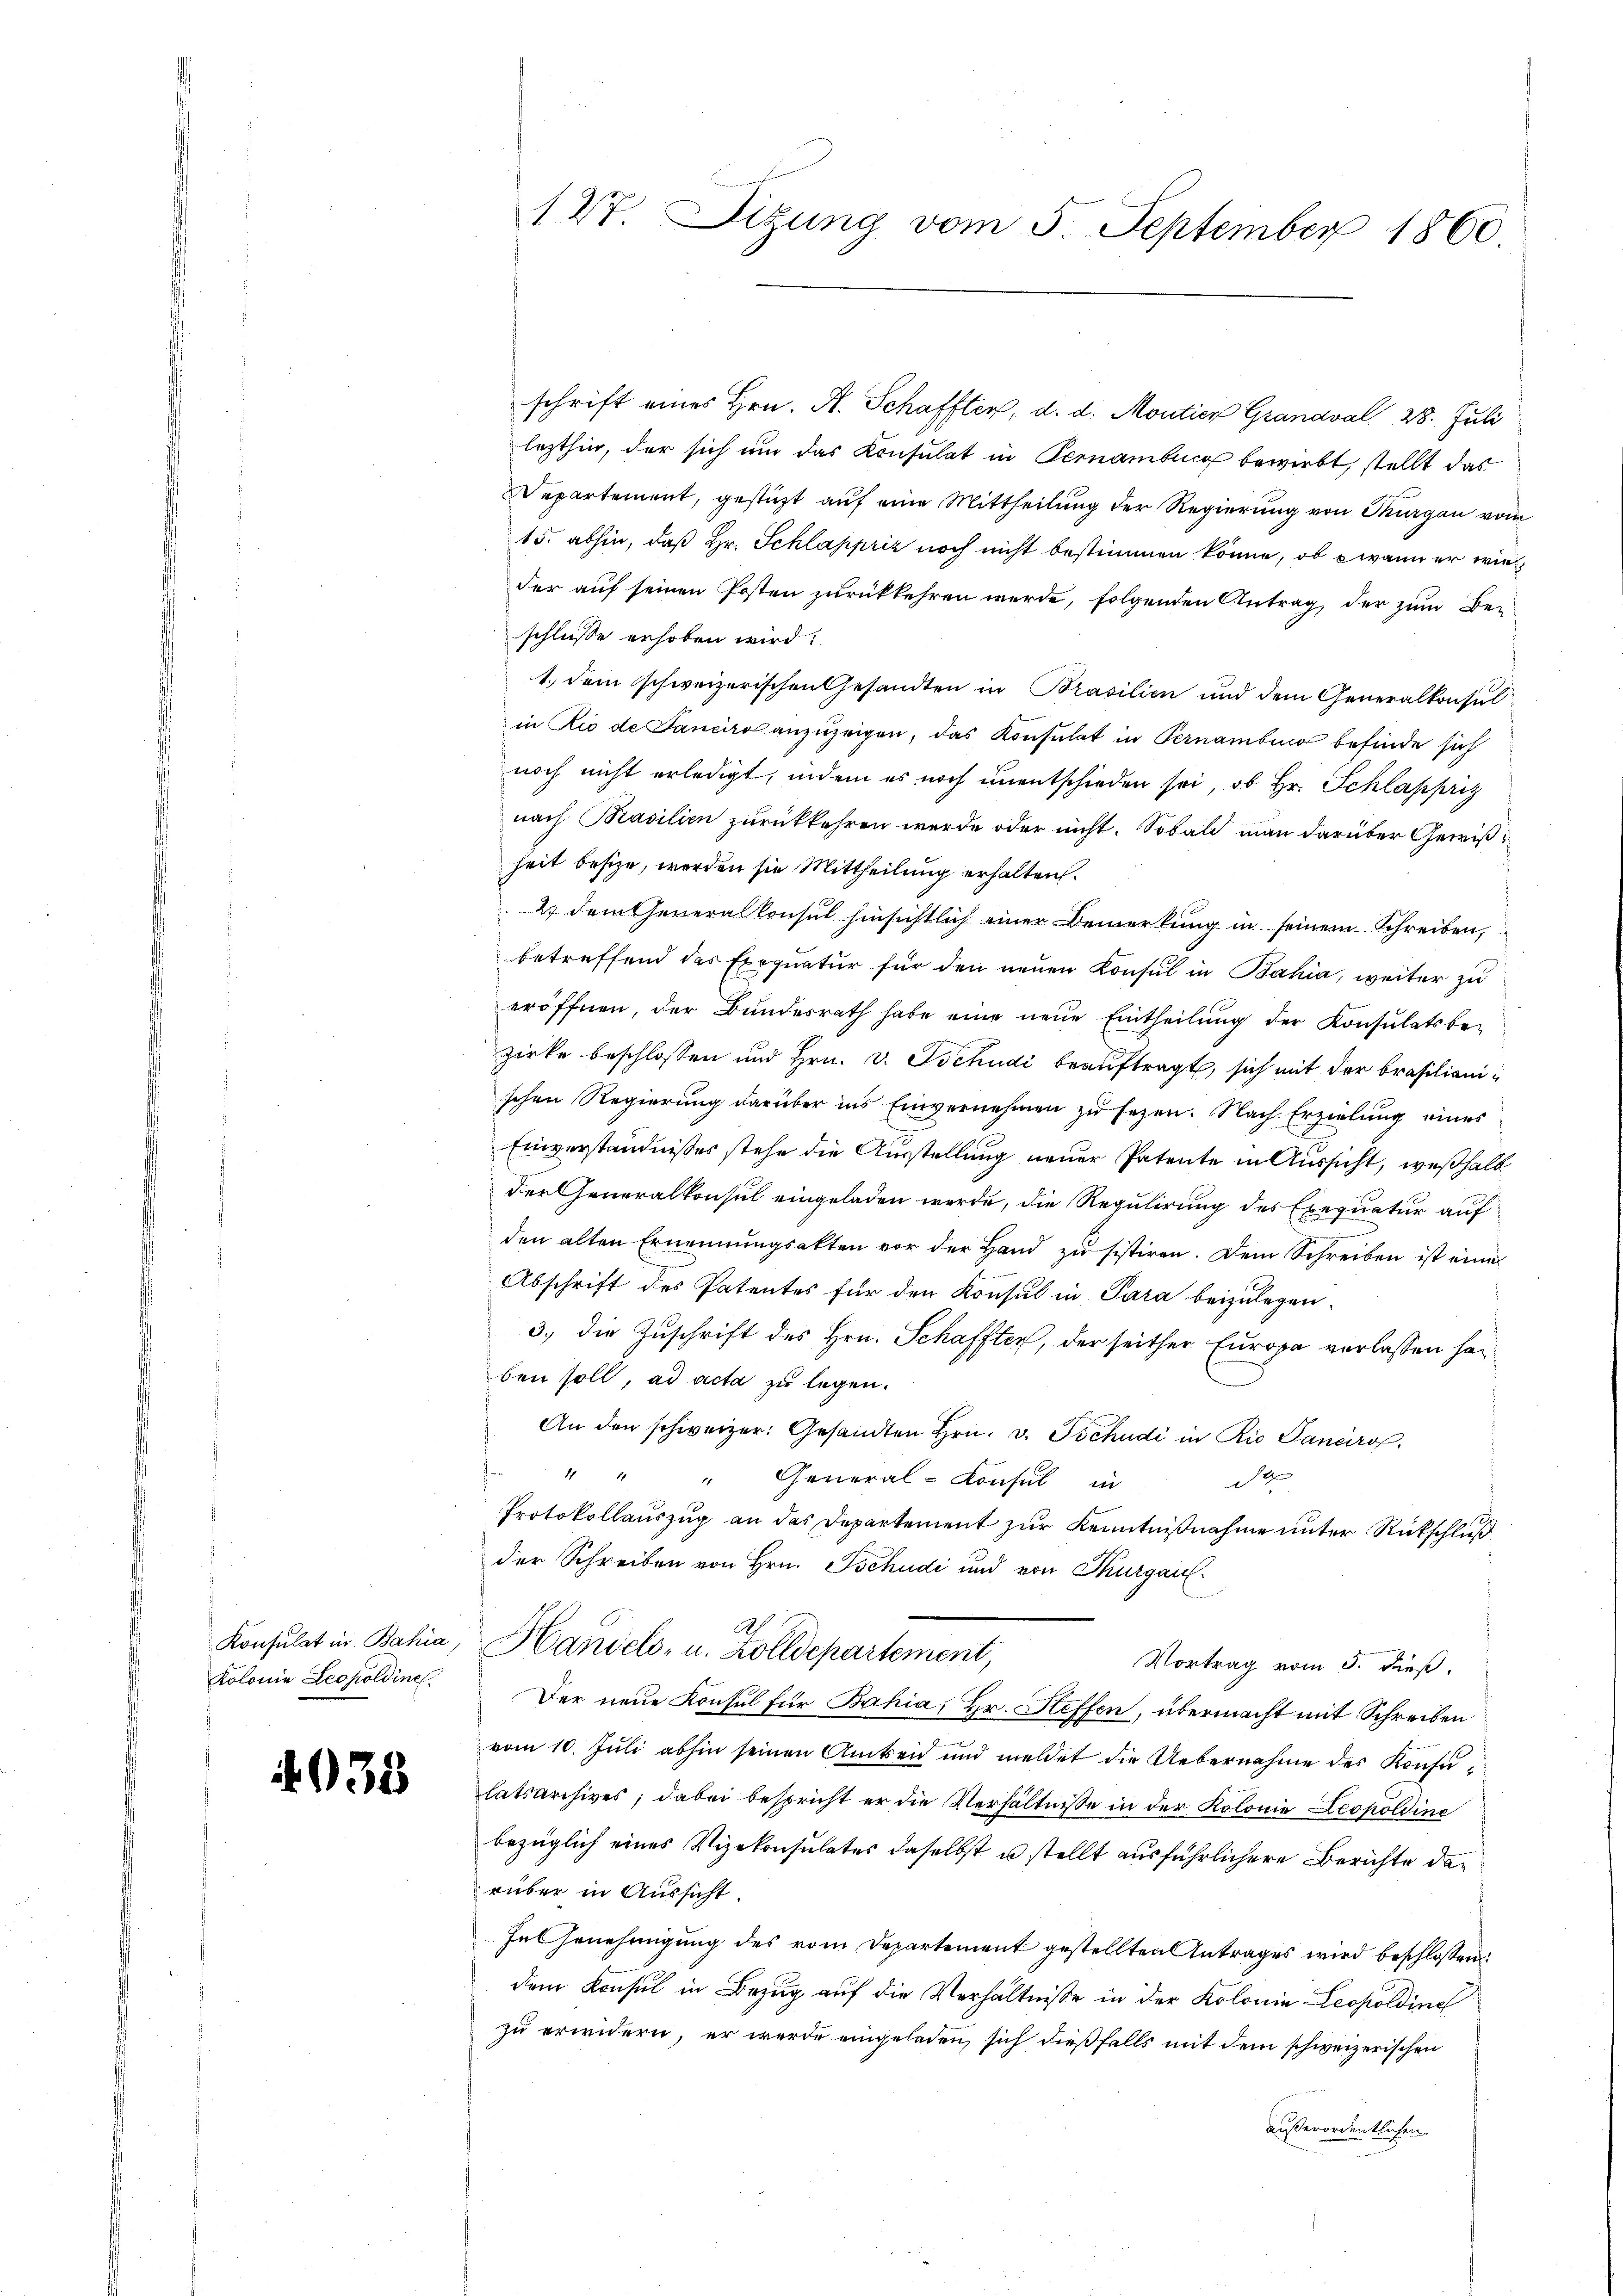
Konsulat in Bahia
Kolonie Leopoldine.

4033

schrift eines Hrn. A. Schafften, d. d. Moutier Grandval 28. Juli
lezthin, der sich um das Konsulat in Pernamburg bewirkt, stellt das
Departement, gestüzt auf eine Mittheilung der Regierung von Thurgau vom
15. abhin, daß Hr. Schlappriz noch nicht bestimmen könne, ob wann er wie
der auf seinen Posten zurückkehren werde, folgenden Antrag der zum Be-
schlüsse erhoben wird?
1.) dem schweizerischen Gesandten in Brasilien und dem Generalkonsul
in Rio de Panciro anzuzeigen, das Konsulat in Pernambio befinde sich
noch nicht erledigt, indem es noch unentschieden sei, ob Hr. Schlappriz
nach Pasilien zurückkehren werde oder nicht. Sobald man darüber Gewißheit besize, werden sie Mittheilung erhalten.
2. dem Generalkonsul hinsichtlich einer Bemerkung in seinem Schreiben,
betreffend das Exequatur für den neuen Konsul in Bahia, weiter zu
eröffnen, der Bŭndesrath habe eine neue Eintheilŭng der Konsulatsbe-
zirke beschlossen und Hrn. v. Tschudi beauftragt, sich mit der Brasilienischen Regierung darüber ins Einvernehmen zu sezen. Nach Erzielung eines
Einverständnißes stehe die Ausstellung neuer Patente in Aussicht, weßhalb
der Generalkonsul eingeladen werde, die Regulirung des Exequatur aufden alten Ernennungsakten vor der Hand zŭ sistiren. Dem Schreiben ist eine
Abschrift des Patentes für den Konsul in Para beizulegen.
3) die Zuschrift des Hrn. Schaffter, der seither Europa verlassen hanben soll, ad acta zu legen.
An den schweizer. Gesandten Hrn. v. Tschudi in Rio Sancirof.
d
" " " General-Consul in
Protokollauszug an das Departement zur Kenntnißnahme unter Rückschluß
der Schreiben von Hrn. Tschudi und von Thurgau
A.
Handels- u. Zolldepartement,
Vortrag vom 5. dieß.
Der neue Konsul für Bahia, Hr. Heffen, übermacht mit Schreiben
vom 10. Juli abhin seinen Amtseid und meldet die Uebernahme des Konsuhatsarchives; dabei bespricht er die Verhältnisse in der Kolonie Leopoldine
bezüglich eines Vizekonsulates daselbst u stellt ausführlichere Berichte darüber in Aussicht.
Feenehmigung des vom Departement gestellten Antrages wird beschlossen:
dem Konsul in Bezug auf die Verhältnisse in der Kolonia Leopoldine
zu erwidern, er werde eingeladen, sich dießfalls mit dem schweizerischen
außerordentlichen

127. Sizung vom 5. September 1860